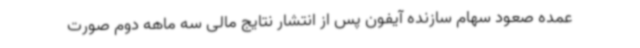
عمده صعود سهام سازنده آیفون پس از انتشار نتایج مالی سه ماهه دوم صورت